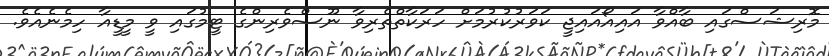
މޮރިޝަސްގައި ބާއްވާ އައިއޯއައިޖީ ކަވަރުކުރުމަށް ހަރަކާތްތެރިވާ ނޫސްވެރިންގެ ޓީމުގައި ވީ މީޑީއާ ހިމެނެއެވެ.